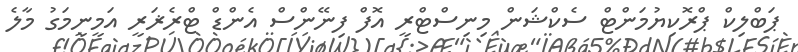
ޕަބްލިކް ޕްރޮކިޔުމަންޓް ސެކްޝަން މިނިސްޓްރީ އޮފް ފިނޭންސް އެންޑް ޓްރެޜަރީ އަމީނީމަގު މާލެ